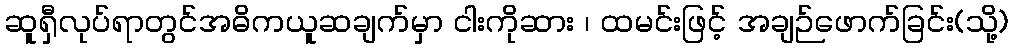
ဆူရှီလုပ်ရာတွင်အဓိကယူဆချက်မှာ ငါးကိုဆား ၊ ထမင်းဖြင့် အချဉ်ဖောက်ခြင်း(သို့)